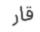
قار